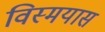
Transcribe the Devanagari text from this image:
विस्मयास